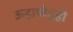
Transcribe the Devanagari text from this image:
ऊहापोहही